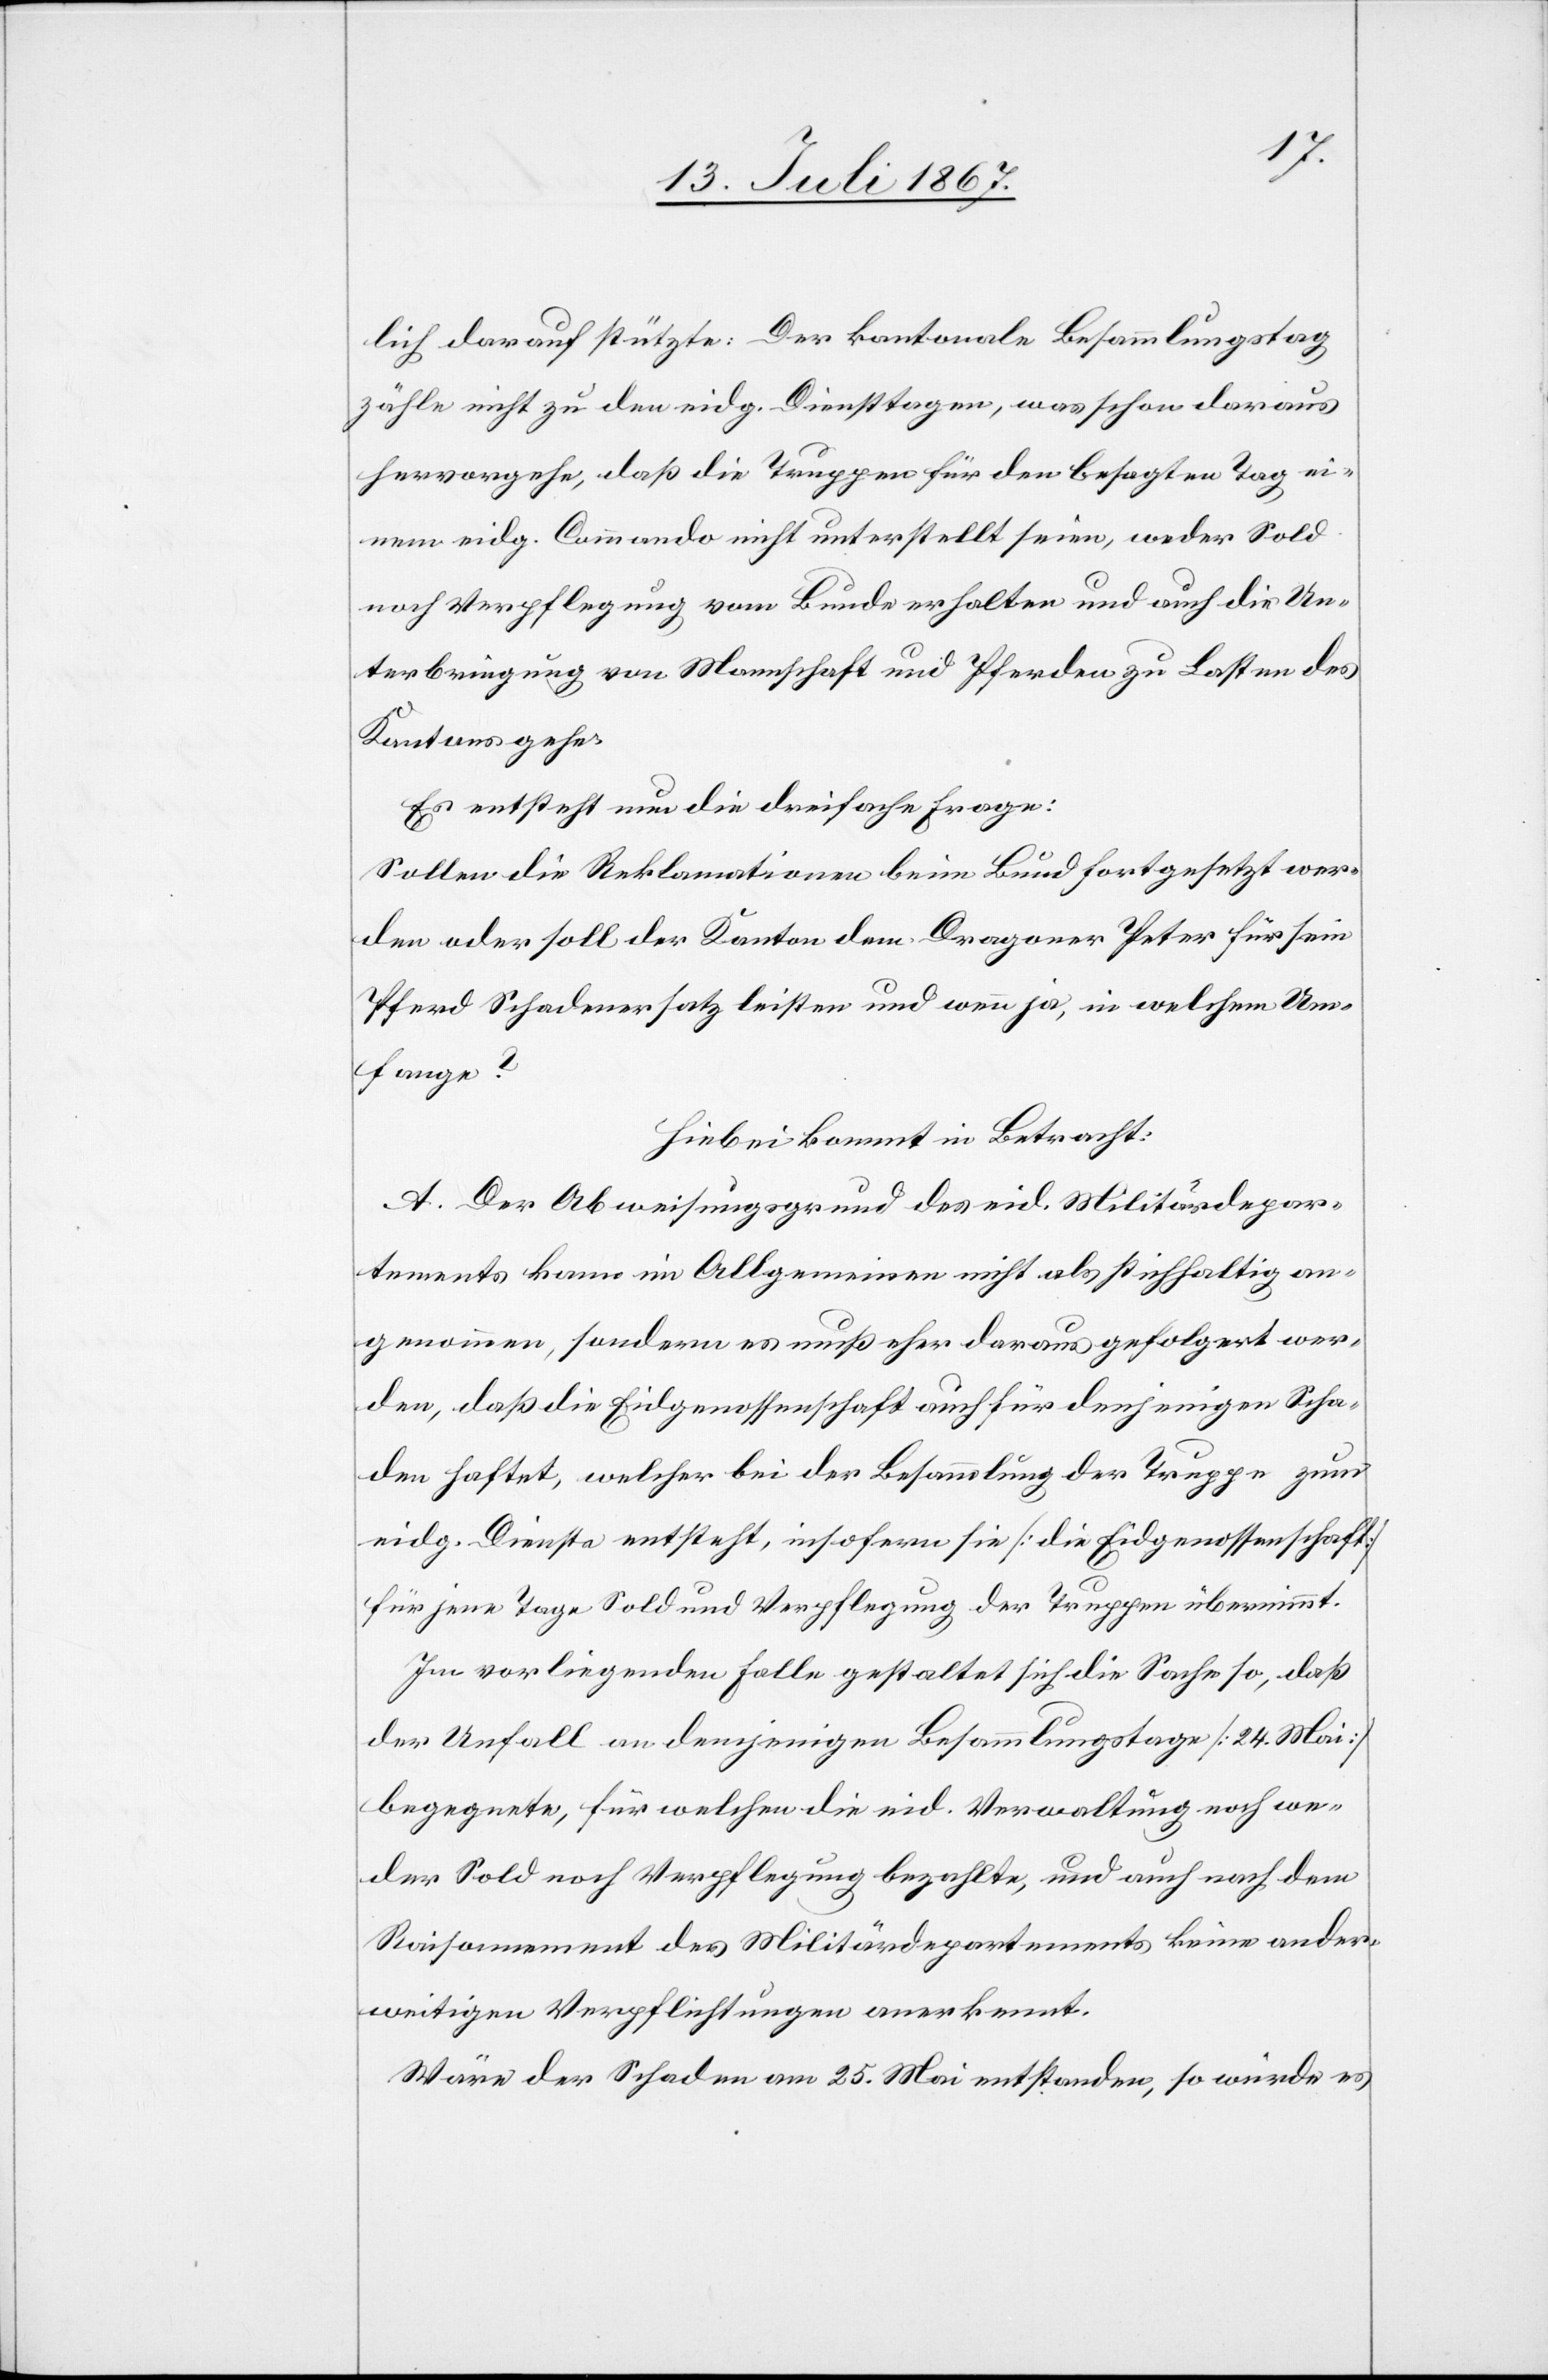
lich darauf stützte: Der kantonale Besammlungstag
zähle nicht zu den eidg. Diensttagen, was schon daraus
hervorgehe, daß die Truppen für den besagten Tag ei¬
nem eidg. Commando nicht unterstellt seien, weder Sold
noch Verpflegung vom Bunde erhalten und auch die Un¬
terbringung von Mannschaft und Pferden zu Lasten des
Kantons gehe.
Es entsteht nun die dreifache Frage:
Sollen die Reklamationen beim Bund fortgesetzt wer¬
den oder soll der Kanton dem Dragoner Peter für sein
Pferd Schadenersatz leisten und wenn ja, in welchem Um¬
fange?
Hiebei kommt in Betracht:
A. Der Abweisungsgrund des eid. Militärdepar¬
tements kann im Allgemeinen nicht als stichhaltig an¬
genommen, sondern es muß eher daraus gefolgert wer¬
den, daß die Eidgenossenschaft auch für denjenigen Scha¬
den haftet, welcher bei der Besammlung der Truppe zum
eidg. Dienste entsteht, insofern sie [die Eidgenossenschaft]
für jene Tage Sold und Verpflegung der Truppen übernimmt.
Im vorliegenden Falle gestaltet sich die Sache so, daß
der Unfall an demjenigen Besammlungstage [24. Mai]
begegnete, für welchen die eid. Verwaltung noch we¬
der Sold noch Verpflegung bezahlte, und auch nach dem
Raisonement des Militärdepartements keine ander¬
weitigen Verpflichtungen anerkennt.
Wäre der Schaden am 25. Mai entstanden, so würde es